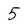
Character: 5